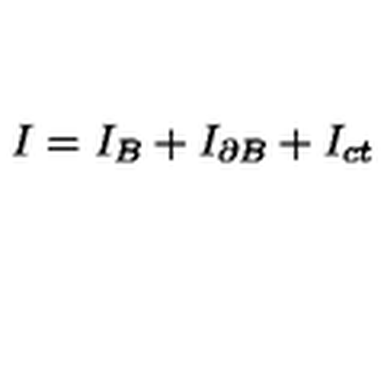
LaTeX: I = I _ { B } + I _ { \partial B } + I _ { c t }